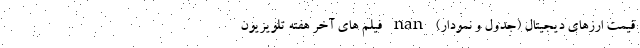
قیمت ارزهای دیجیتال (جدول و نمودار) nan فیلم های آخر هفته تلویزیون